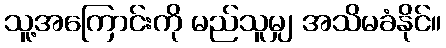
သူ့အကြောင်းကို မည်သူမျှ အသိမခံနိုင်။